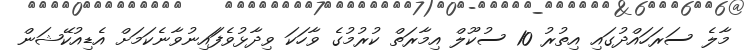
މާލެ ސަރަހައްދުގައި އިތުރު 10 ސުކޫލް އިމާރަތް ކުރުމުގެ ވާހަކަ ވިދާޅުވެފަައިނުވާނެކަމަށް އެޑިއުކޭޝަން